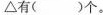
\bigtriangleup有()个。